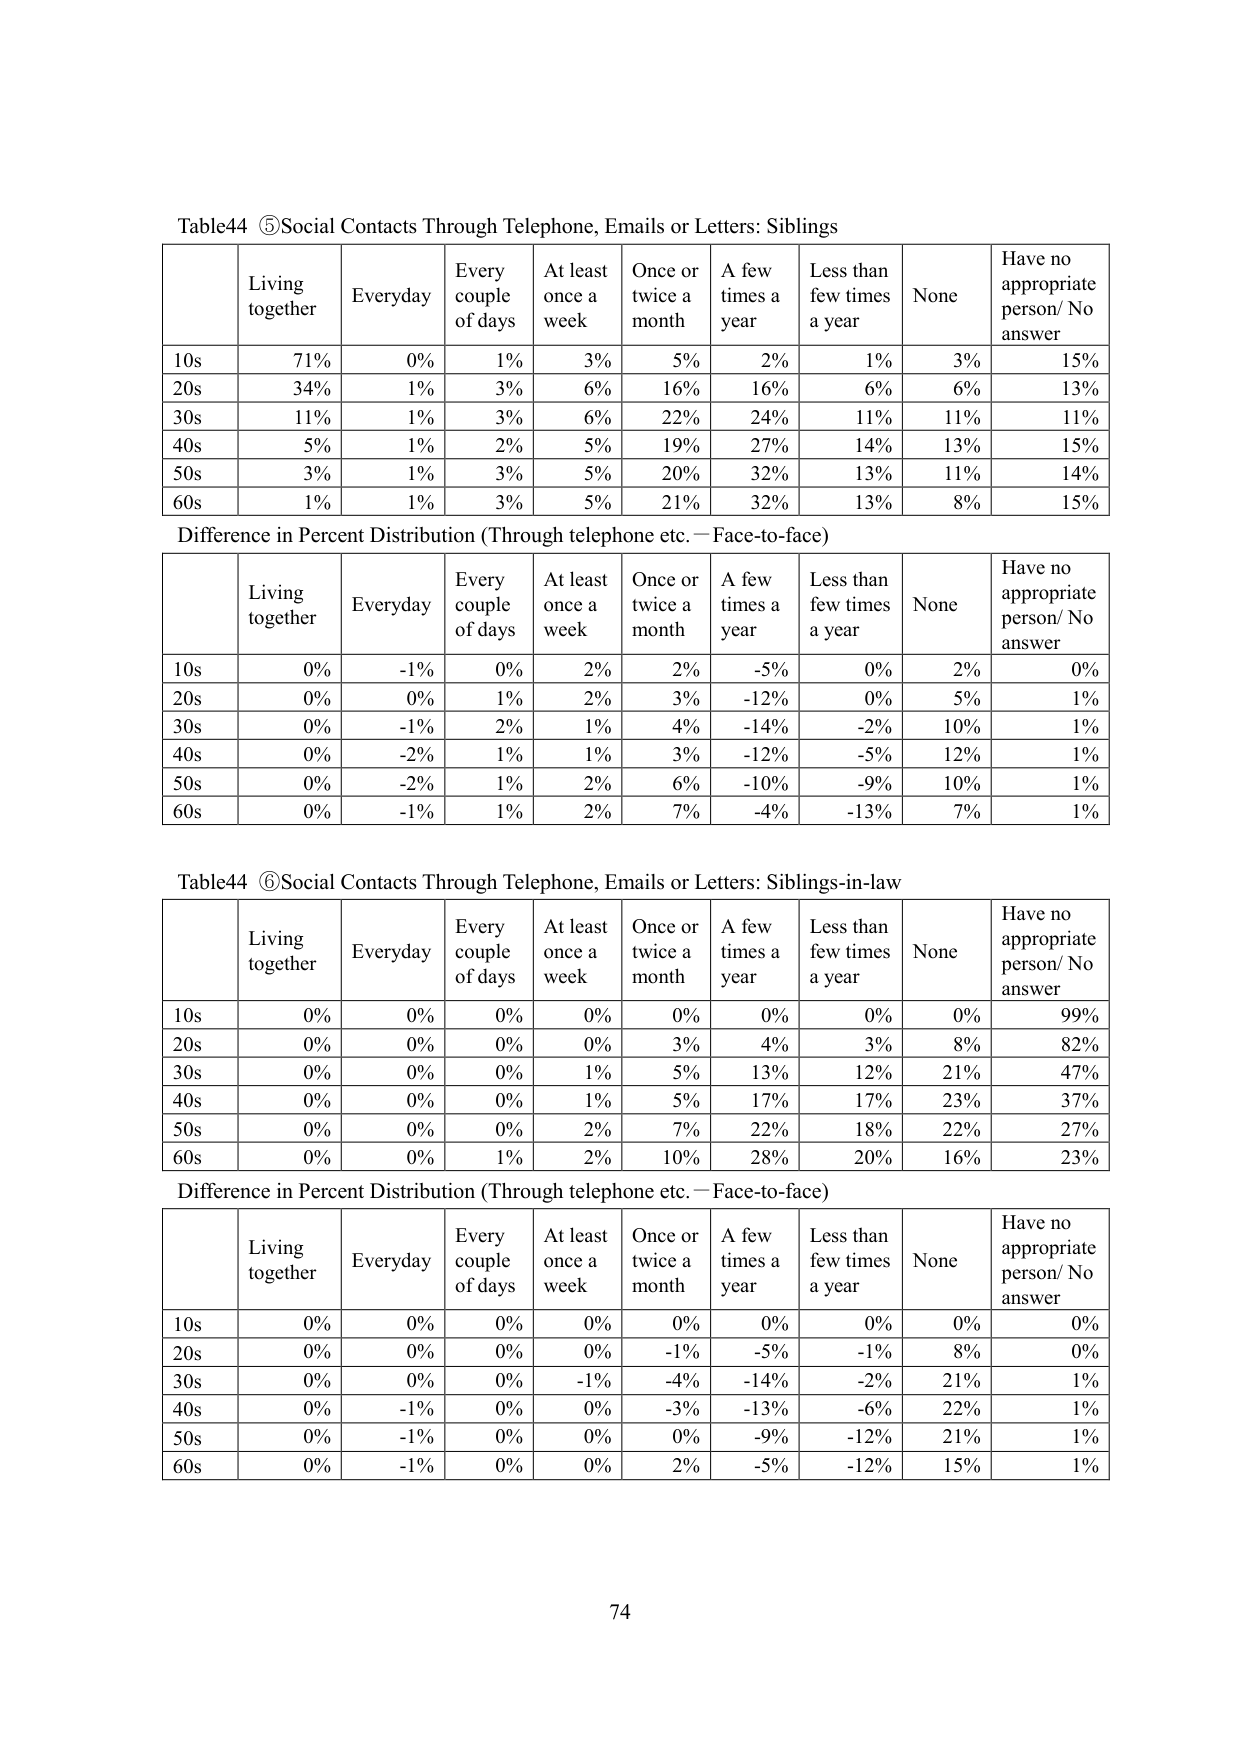
Table44 ⑤Social Contacts Through Telephone, Emails or Letters: Siblings

Living together	Everyday	Every couple of days	At least once a week	Once or twice a month	A few times a year	Less than few times a year	None	Have no appropriate person/ No answer
10s	71%	0%	1%	3%	5%	2%	1%	3%	15%
20s	34%	1%	3%	6%	16%	16%	6%	6%	13%
30s	11%	1%	3%	6%	22%	24%	11%	11%	11%
40s	5%	1%	2%	5%	19%	27%	14%	13%	15%
50s	3%	1%	3%	5%	20%	32%	13%	11%	14%
60s	1%	1%	3%	5%	21%	32%	13%	8%	15%

Difference in Percent Distribution (Through telephone etc. — Face-to-face)

Living together	Everyday	Every couple of days	At least once a week	Once or twice a month	A few times a year	Less than few times a year	None	Have no appropriate person/ No answer
10s	0%	-1%	0%	2%	2%	-5%	0%	2%	0%
20s	0%	0%	1%	2%	3%	-12%	0%	5%	1%
30s	0%	-1%	2%	1%	4%	-14%	-2%	10%	1%
40s	0%	-2%	1%	1%	3%	-12%	-5%	12%	1%
50s	0%	-2%	1%	2%	6%	-10%	-9%	10%	1%
60s	0%	-1%	1%	2%	7%	-4%	-13%	7%	1%

Table44 ⑥Social Contacts Through Telephone, Emails or Letters: Siblings-in-law

Living together	Everyday	Every couple of days	At least once a week	Once or twice a month	A few times a year	Less than few times a year	None	Have no appropriate person/ No answer
10s	0%	0%	0%	0%	0%	0%	0%	0%	99%
20s	0%	0%	0%	0%	3%	4%	3%	8%	82%
30s	0%	0%	0%	1%	5%	13%	12%	21%	47%
40s	0%	0%	0%	1%	5%	17%	17%	23%	37%
50s	0%	0%	0%	2%	7%	22%	18%	22%	27%
60s	0%	0%	1%	2%	10%	28%	20%	16%	23%

Difference in Percent Distribution (Through telephone etc. — Face-to-face)

Living together	Everyday	Every couple of days	At least once a week	Once or twice a month	A few times a year	Less than few times a year	None	Have no appropriate person/ No answer
10s	0%	0%	0%	0%	0%	0%	0%	0%	0%
20s	0%	0%	0%	0%	-1%	-5%	-1%	8%	0%
30s	0%	0%	0%	-1%	-4%	-14%	-2%	21%	1%
40s	0%	-1%	0%	0%	-3%	-13%	-6%	22%	1%
50s	0%	-1%	0%	0%	0%	-9%	-12%	21%	1%
60s	0%	-1%	0%	0%	2%	-5%	-12%	15%	1%

74